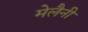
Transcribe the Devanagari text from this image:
मेलैनी